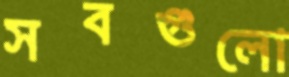
সবগুলো